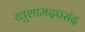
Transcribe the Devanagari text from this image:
खुशामदपसंद